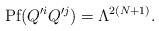
\begin{align*}\mbox{Pf}(Q^{\prime i} Q^{\prime j}) = \Lambda^{2(N+1)} . \end{align*}